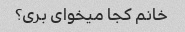
خانم کجا میخوای بری؟